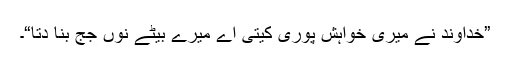
”خداوند نے میری خواہش پوری کیتی اے میرے بیٹے نوں جج بنا دِتا“۔